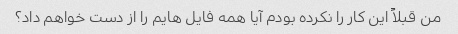
من قبلاً این کار را نکرده بودم آیا همه فایل هایم را از دست خواهم داد؟